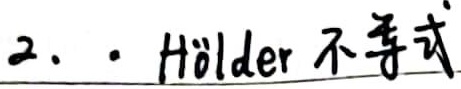
2.  · Hölder 不等式